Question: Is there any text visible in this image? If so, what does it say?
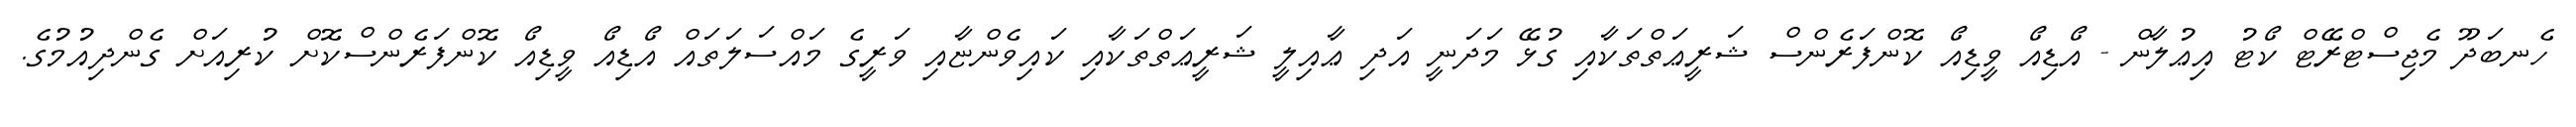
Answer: ހެނބަދޫ މެޖިސްޓްރޭޓް ކޯޓު އިޢުލާން - އޯޑިއޯ ވީޑިއޯ ކޮންފަރެންސް ޝަރީޢަތްތަކާއި ގުޅޭ މަދަނީ އަދި ޢާއިލީ ޝަރީޢަތްތަކާއި ކައިވެންޏާއި ވަރީގެ މައްސަލަތައް އޯޑިއޯ ވީޑިއޯ ކޮންފަރެންސްކޮށް ކުރިއަށް ގެންދިއުމުގެ.